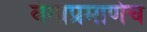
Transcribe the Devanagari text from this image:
वेगाप्रमाणेच